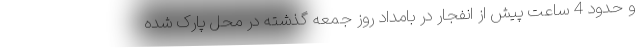
و حدود 4 ساعت پیش از انفجار در بامداد روز جمعه گذشته در محل پارک شده